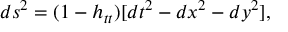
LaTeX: d s ^ { 2 } = ( 1 - h _ { t t } ) [ d t ^ { 2 } - d x ^ { 2 } - d y ^ { 2 } ] ,